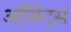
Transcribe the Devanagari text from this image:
ऑर्बिट्स